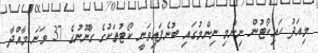
މިއަދު ހައިކޯޓުން ނިންމި ނިންމުގައި ބުނެފައިވަނީ ކޯޓުތަކުގެ ގާނޫނުގެ 37 ވަނަ މާއްދާ